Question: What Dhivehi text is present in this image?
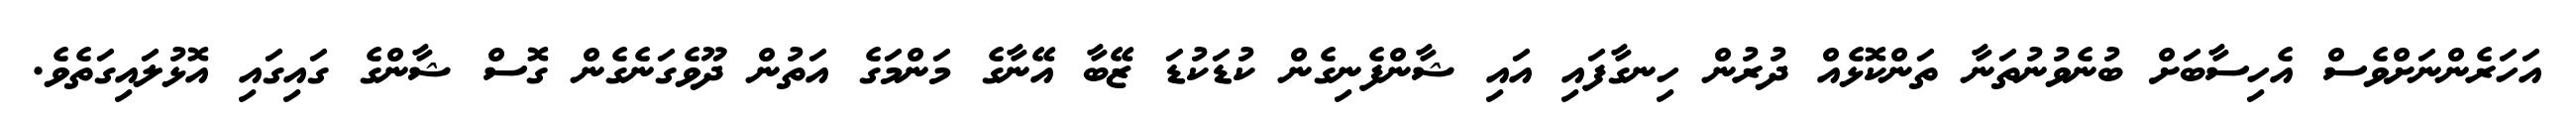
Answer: އަހަރެންނަށްވެސް އެހިސާބަށް ބުނެވުނުތަނާ ތަންކޮޅެއް ދުރުން ހިނގާފައި އައި ޝާންފެނިގެން ކުޑަކުޑަ ޒޭބާ އޭނާގެ މަންމަގެ އަތުން ދޫވެގަނެގެން ގޮސް ޝާންގެ ގައިގައި އޮޅުލައިގަތެވެ.